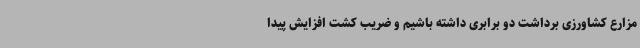
مزارع کشاورزی برداشت دو برابری داشته باشیم و ضریب کشت افزایش پیدا